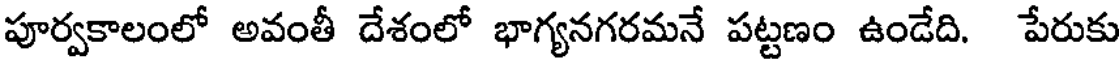
పూర్వకాలంలో అవంతీ దేశంలో భాగ్యనగరమనే పట్టణం ఉండేది. పేరుకు